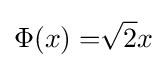
\Phi (x)={\sqrt[{}]{2}}x